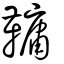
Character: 𩌨